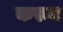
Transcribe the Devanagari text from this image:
करून